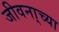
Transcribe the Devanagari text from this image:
जीवना्च्या